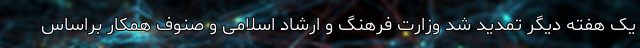
یک هفته دیگر تمدید شد وزارت فرهنگ و ارشاد اسلامی و صنوف همکار براساس